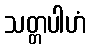
သတ္တပါဟံ